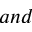
a n d